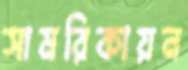
সামরিকায়ন